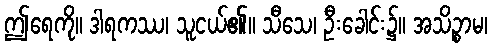
ဤရေကို။ ဒါရကဿ၊ သူငယ်၏။ သီသေ၊ ဦးခေါင်း၌။ အသိဉ္စာမ၊